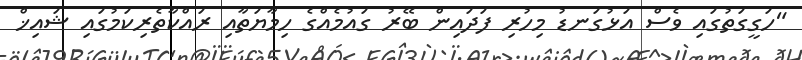
"ހަގީގަތުގައި ވެސް އަޅުގަނޑު މިހުރި ފަދައިން ބޭރު ގައުމެއްގެ ހިމާޔަތާއި ރައްކާތެރިކަމުގައި ޝައިޚް